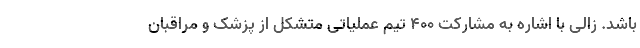
باشد. زالی با اشاره به مشارکت ۴۰۰ تیم عملیاتی متشکل از پزشک و مراقبان